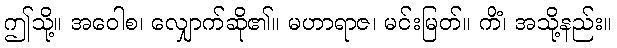
ဤသို့။ အဝေါစ၊ လျှောက်ဆို၏။ မဟာရာဇ၊ မင်းမြတ်။ ကိံ၊ အသို့နည်း။